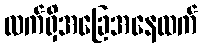
လက်ရှိအခြေအနေထက်